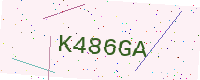
Text: K486GA